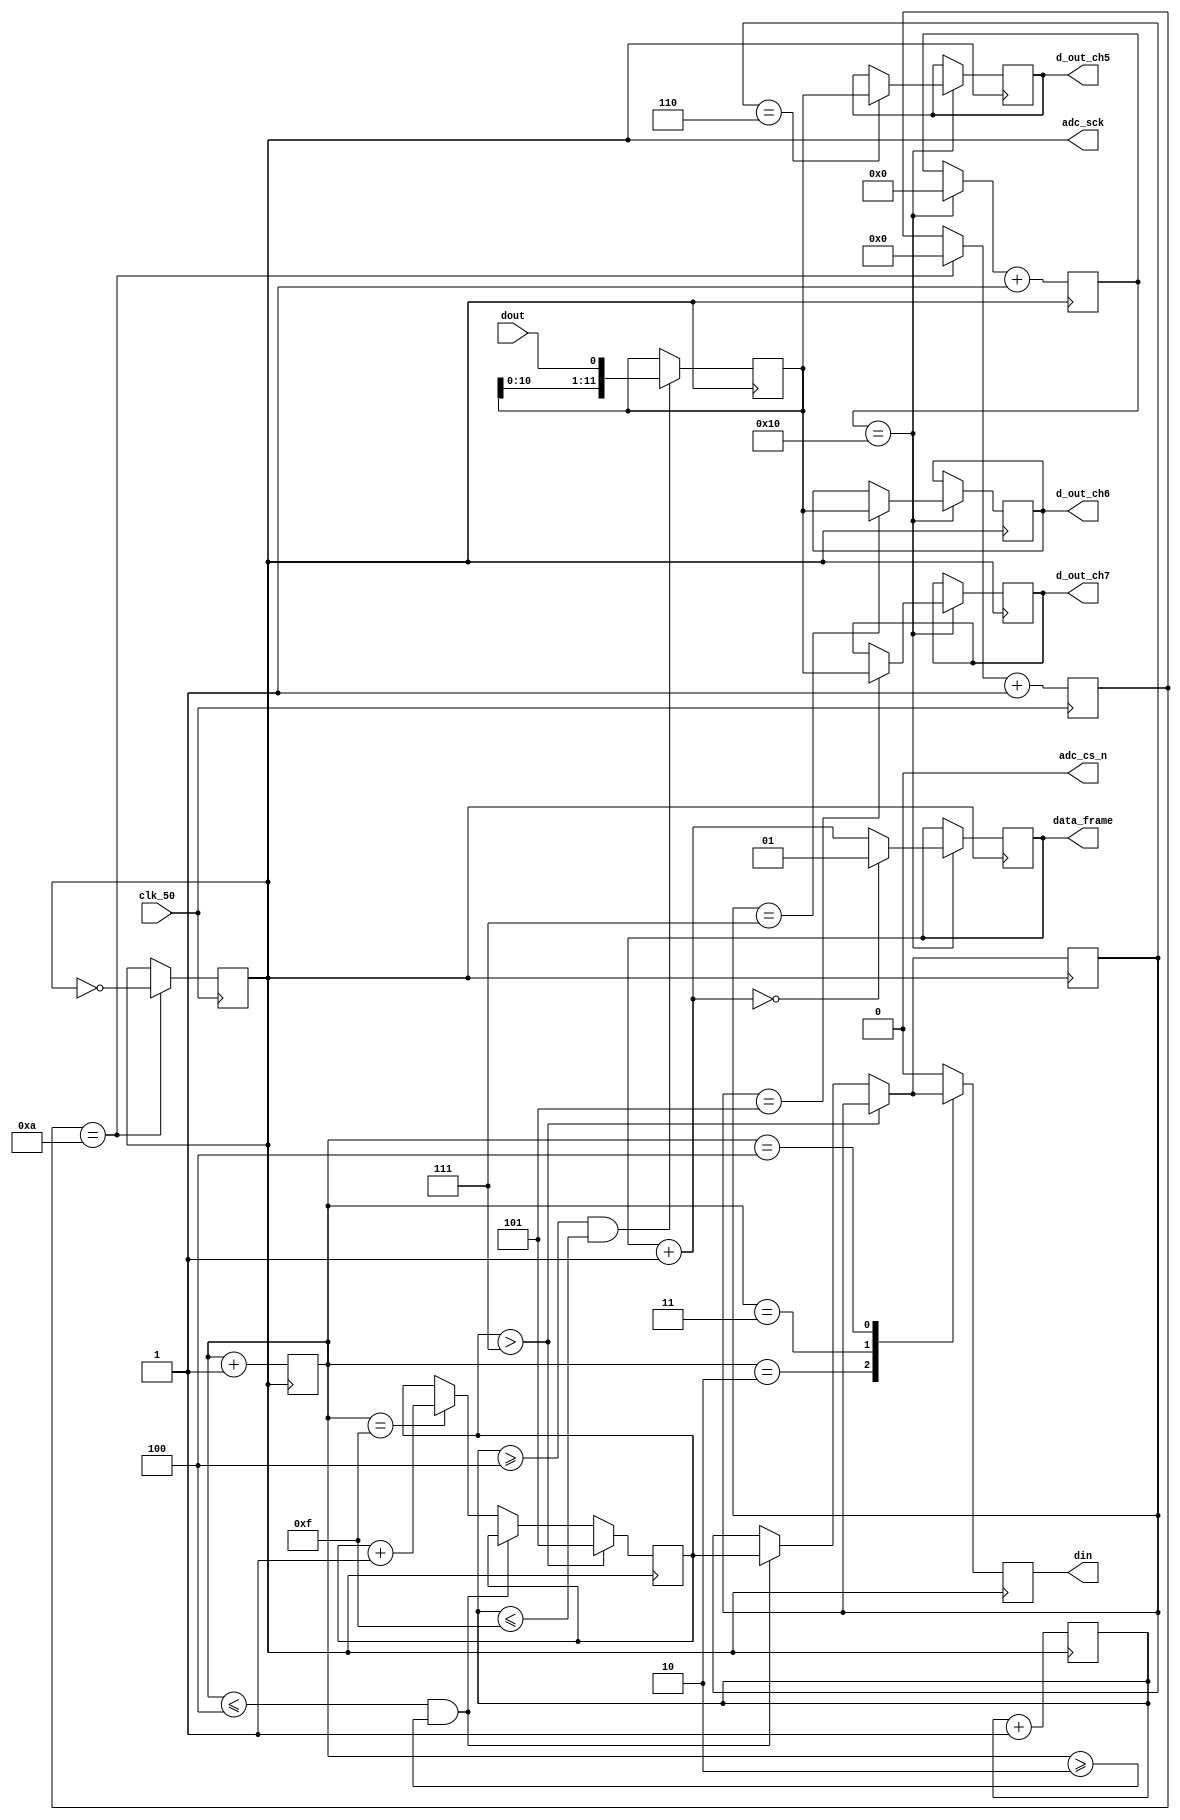
//////////////////DO NOT MAKE ANY CHANGES IN MODULE//////////////////
module adc_control(
	input  clk_50,				//50 MHz clock
	input  dout,				//digital output from ADC128S022 (serial 12-bit)
	output adc_cs_n,	                //ADC128S022 Chip Select
	output din,		                //Ch. address input to ADC128S022 (serial)
	output adc_sck,			        // MHz ADC clock
	output [11:0]d_out_ch5,	                //12-bit output of ch. 5 (parallel)
	output [11:0]d_out_ch6,	                //12-bit output of ch. 6 (parallel)
	output [11:0]d_out_ch7,	                //12-bit output of ch. 7 (parallel)
	output [1:0]data_frame	                //To represent 16-cycle frame (optional)
);
	
////////////////////////WRITE YOUR CODE FROM HERE////////////////////

reg[11:0] channelX;   //variable x channel used for assign operations 
reg[11:0] ch5 = 0;    //initializing channels to zero first 
reg[11:0] ch6 = 0;
reg[11:0] ch7 = 0;
reg sclk_out = 0;
reg din_temp = 0;
reg[2:0] channel_sel = 5; //starting with channel 5
reg[2:0] channel = 0;
reg[1:0] visualize = 1;

//declaring various counters 
reg[4:0] dcount = 0;
reg[3:0] count = 0;
reg[3:0] din_count = 0;
reg[3:0] s_clk_count = 0;
  

//frequency required is from 0.8 to 3.2 Mhz 
// making the frequency near 3 Mhz 
	
always @(negedge clk_50) begin  
    if (s_clk_count == 10) begin
	    sclk_out=~sclk_out;
       s_clk_count = 0;              //reset it to start from 0 again
    end
    s_clk_count = s_clk_count + 1;
end

//the adc chip will select only 3 channels 
// they are given as channel 5 channel 6 and channel 7 

always @(negedge adc_sck) begin
	if (channel_sel > 7) 
		begin
			channel_sel = 5; //repeat between channel 5 then 6 then 7 then 5 again
		end
	else if((din_count <= 4) && (din_count >=2)) 
		begin
			channel = channel_sel; //at din 2 
		end
	else if(din_count == 15) 
		begin
			channel_sel = channel_sel + 1;
		end
    case(din_count)
        2: din_temp = channel[2]; 
        3: din_temp = channel[1];
        4: din_temp = channel[0];
        default: din_temp = 0;
    endcase
    din_count = din_count + 1;
end

// Serial Read Parallel Out Block
always @(posedge adc_sck) begin
    if(count >= 4 && count <=15) begin
        channelX = {channelX[10:0], dout};
    end
    count = count + 1;
end
always @(negedge adc_sck) begin

    if(dcount == 16) begin
        dcount = 0;
        visualize = visualize + 1;
        if(visualize == 0) visualize = 1;
        case(channel)
            5: ch5 = channelX;
            6: ch6 = channelX;
            7: ch7 = channelX;
        endcase
    end
    dcount = dcount + 1;
end
//make adc clock zero 
assign adc_cs_n = 0;  //selects the on board adc 

//making assignments and connecting assumed variables to actual outputs
assign d_out_ch5 = ch6;
assign d_out_ch6 = ch7;
assign d_out_ch7 = ch5;
assign din = din_temp;
assign adc_sck = sclk_out;
assign data_frame = visualize;
////////////////////////YOUR CODE ENDS HERE//////////////////////////
endmodule
///////////////////////////////MODULE ENDS///////////////////////////